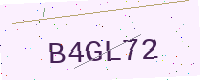
Text: B4GL72